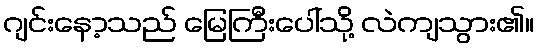
ဂျင်းနော့သည် မြေကြီးပေါ်သို့ လဲကျသွား၏။